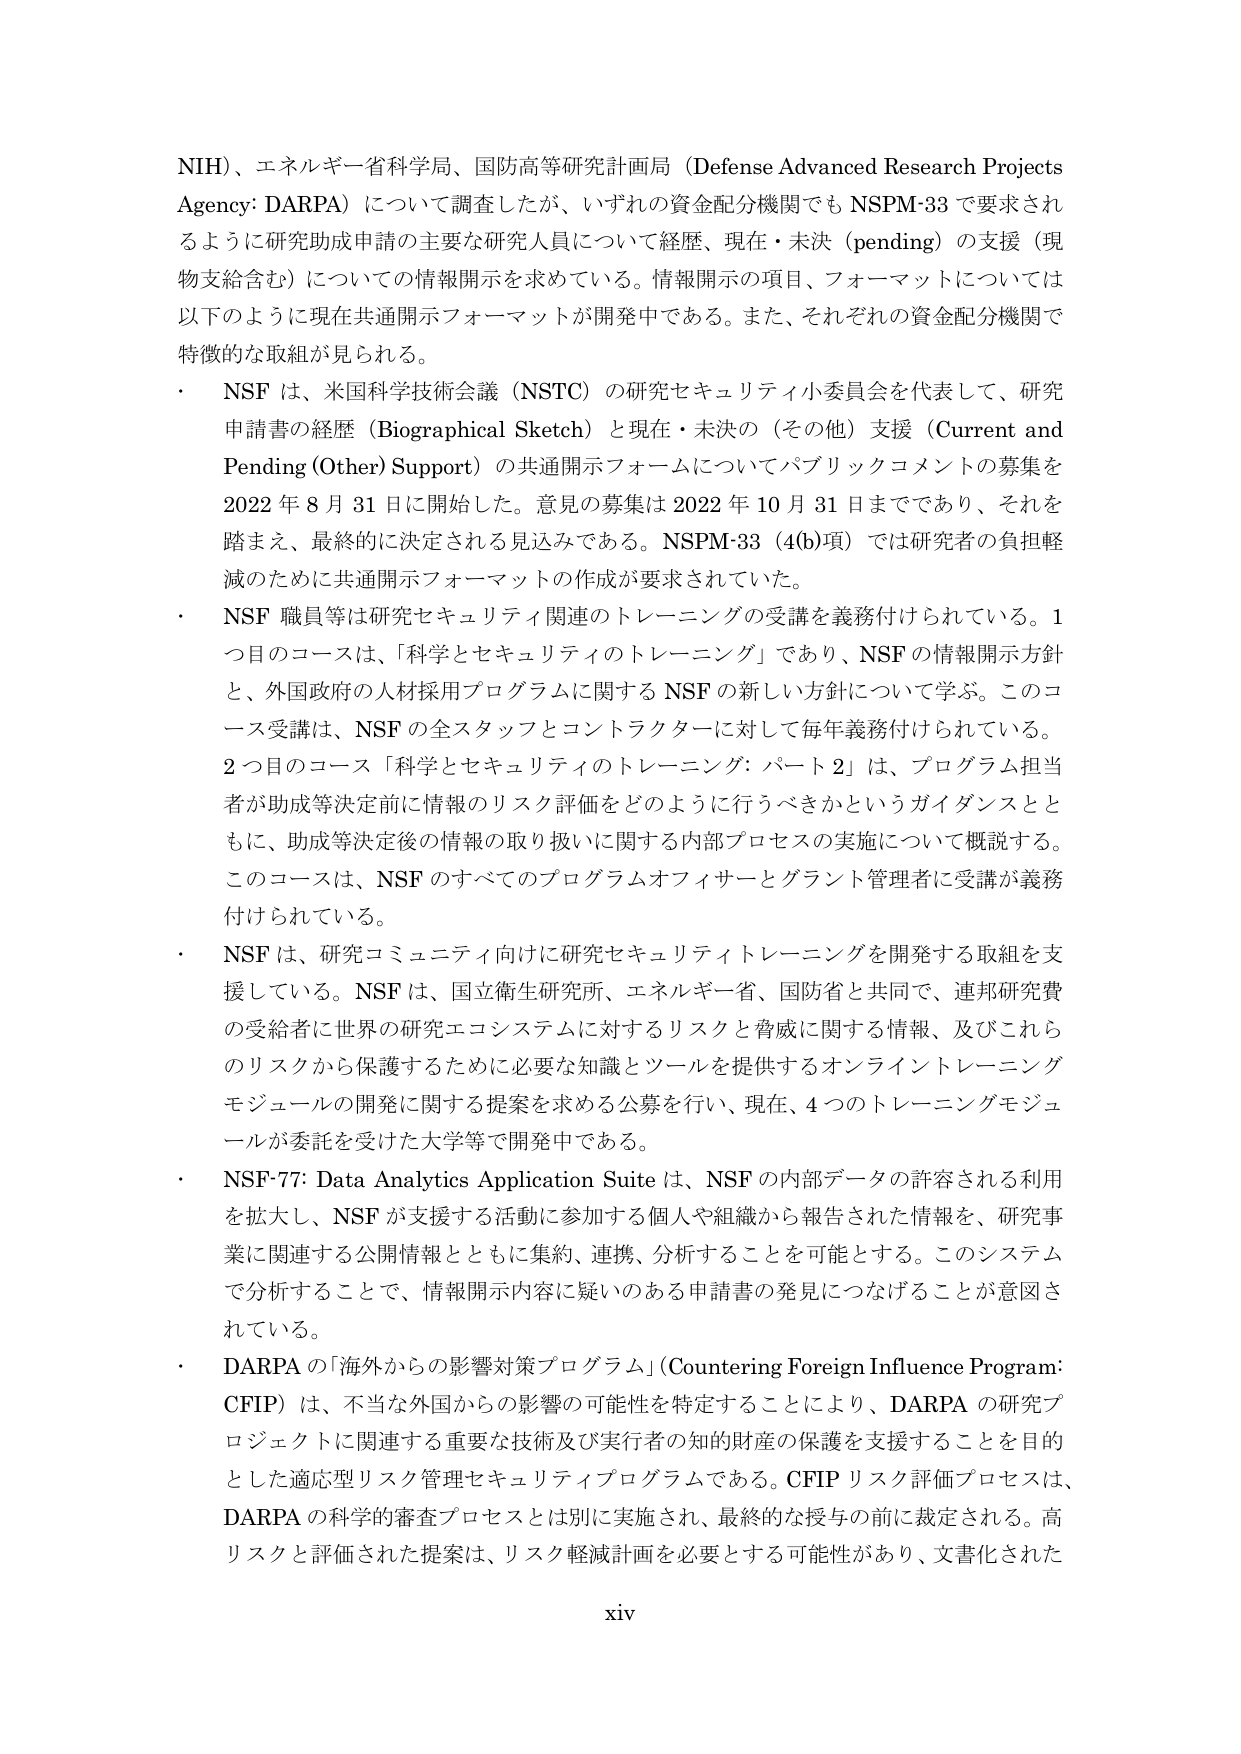
NIH）、エネルギー省科学局、国防高等研究計画局（Defense Advanced Research Projects Agency: DARPA）について調査したが、いずれの資金配分機関でも NSPM-33 で要求されるように研究助成申請の主要な研究人員について経歴、現在・未決（pending）の支援（現物支給含む）についての情報開示を求めている。情報開示の項目、フォーマットについては以下のように現在共通開示フォーマットが開発中である。また、それぞれの資金配分機関で特徴的な取組が見られる。

・ NSF は、米国科学技術会議（NSTC）の研究セキュリティ小委員会を代表して、研究申請書の経歴（Biographical Sketch）と現在・未決の（その他）支援（Current and Pending (Other) Support）の共通開示フォームについてパブリックコメントの募集を2022 年 8 月 31 日に開始した。意見の募集は 2022 年 10 月 31 日までであり、それを踏まえ、最終的に決定される見込みである。NSPM-33（4(b)項）では研究者の負担軽減のために共通開示フォーマットの作成が要求されていた。

・ NSF 職員等は研究セキュリティ関連のトレーニングの受講を義務付けられている。1 つ目のコースは、「科学とセキュリティのトレーニング」であり、NSF の情報開示方針と、外国政府の人材採用プログラムに関する NSF の新しい方針について学ぶ。このコース受講は、NSF の全スタッフとコントラクターに対して毎年義務付けられている。2 つ目のコース「科学とセキュリティのトレーニング：パート 2」は、プログラム担当者が助成等決定前に情報のリスク評価をどのように行うべきかというガイダンスとともに、助成等決定後の情報の取り扱いに関する内部プロセスの実施について概説する。このコースは、NSF のすべてのプログラムオフィサーとグラント管理者に受講が義務付けられている。

・ NSF は、研究コミュニティ向けに研究セキュリティトレーニングを開発する取組を支援している。NSF は、国立衛生研究所、エネルギー省、国防省と共同で、連邦研究費の受給者に世界の研究エコシステムに対するリスクと脅威に関する情報、及びこれらのリスクから保護するために必要な知識とツールを提供するオンライントレーニングモジュールの開発に関する提案を求める公募を行い、現在、4 つのトレーニングモジュールが委託を受けた大学等で開発中である。

・ NSF-77: Data Analytics Application Suite は、NSF の内部データの許容される利用を拡大し、NSF が支援する活動に参加する個人や組織から報告された情報を、研究事業に関連する公開情報とともに集約、連携、分析することを可能とする。このシステムで分析することで、情報開示内容に疑いのある申請書の発見につなげることが意図されている。

・ DARPA の「海外からの影響対策プログラム」（Countering Foreign Influence Program: CFIP）は、不当な外国からの影響の可能性を特定することにより、DARPA の研究プロジェクトに関連する重要な技術及び実行者の知的財産の保護を支援することを目的とした適応型リスク管理セキュリティプログラムである。CFIP リスク評価プロセスは、DARPA の科学的審査プロセスとは別に実施され、最終的な授与の前に裁定される。高リスクと評価された提案は、リスク軽減計画を必要とする可能性があり、文書化された

xiv